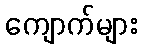
ကျောက်များ